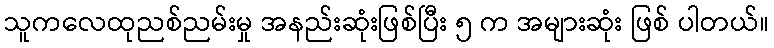
သူကလေထုညစ်ညမ်းမှု အနည်းဆုံးဖြစ်ပြီး ၅ က အများဆုံး ဖြစ် ပါတယ်။